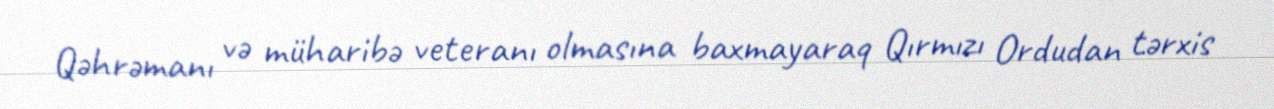
Qəhrəmanı və müharibə veteranı olmasına baxmayaraq Qırmızı Ordudan tərxis